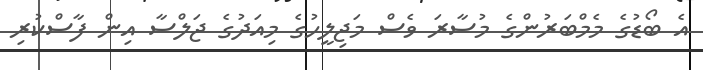
އެ ބޯޑުގެ މެމްބަރުންގެ މުސާރަ ވެސް މަޖިލީހުގެ މިއަދުގެ ޖަލްސާ އިން ފާސްކުރި